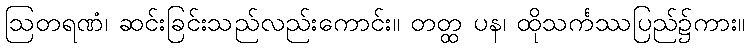
ဩတရဏံ၊ ဆင်းခြင်းသည်လည်းကောင်း။ တတ္ထ ပန၊ ထိုသင်္ကဿပြည်၌ကား။